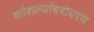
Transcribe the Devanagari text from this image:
कौशल्यांबरोबरच